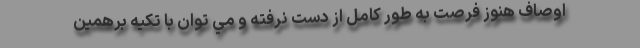
اوصاف هنوز فرصت به طور كامل از دست نرفته و مي توان با تكيه برهمين